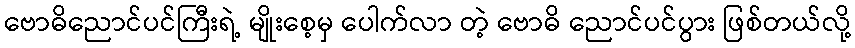
ဗောဓိညောင်ပင်ကြီးရဲ့ မျိုးစေ့မှ ပေါက်လာ တဲ့ ဗောဓိ ညောင်ပင်ပွား ဖြစ်တယ်လို့